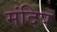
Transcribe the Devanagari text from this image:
मंदिप